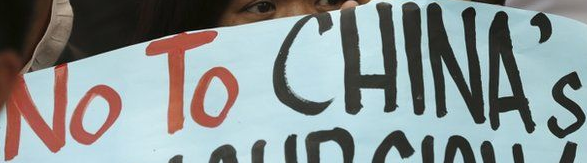
No To CHINA's